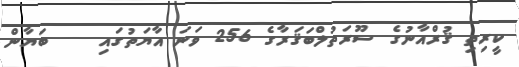
ކީރިތި ޤުރްއާނުގެ ސޫރަތުލްބަޤަރާގެ 256 ވަނަ އާޔަތުގައި    ބަޔާން